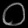
Digit: ၀